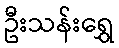
ဦးသန်းရွှေ